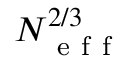
N _ { \mathrm { ~ e ~ f ~ f ~ } } ^ { 2 / 3 }